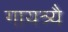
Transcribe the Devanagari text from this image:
गायत्र्यै